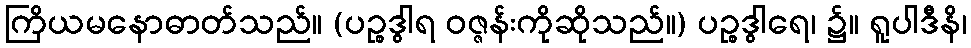
ကြိယမနောဓာတ်သည်။ (ပဉ္စဒွါရ ဝဇ္ဇန်းကိုဆိုသည်။) ပဉ္စဒွါရေ၊ ၌။ ရူပါဒီနိ၊